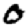
Digit: 0